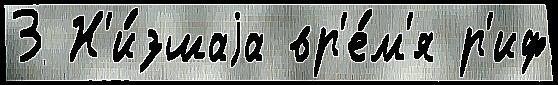
3 Н'и́зшаjа вр'е́м'я р'иф